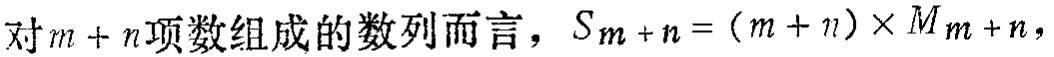
对\(m + n\)项数组成的数列而言，\(S_{m + n} = (m + n)\times M_{m + n}\)